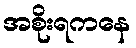
အစိုးရကနေ